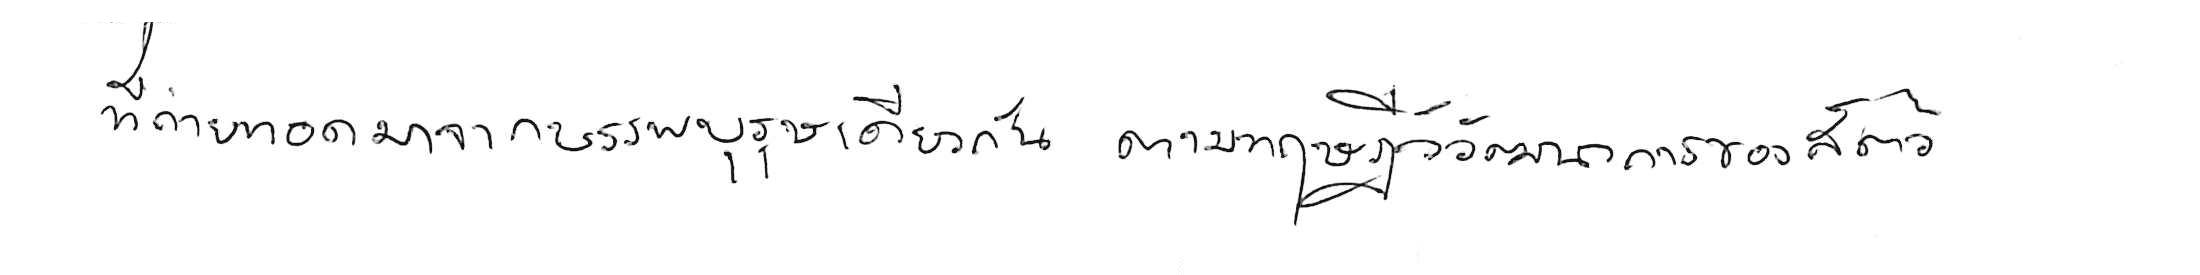
ที่ถ่ายทอดมาจากบรรพบุรุษเดียวกัน ตามทฤษฎีวิวัฒนาการของสัตว์